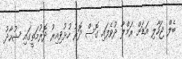
ބެލް ޖަހާލި އަޑަށް ރަމްލާ ދުވެފައި ގޮސް ދޮރު ހުޅުވިއިރު ދޮރުމަތީގައި ޝުހާދު